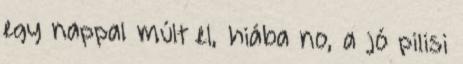
egy nappal múlt el, hiába no, a jó pilisi